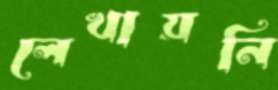
লেখায়নি